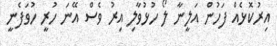
އިރުކޮޅެއް ފަހުން އަލީނާ ލޯ ހުޅުވާލި އިރު ވެސް އޭނަ ހުރީ ހުވަފެނީ